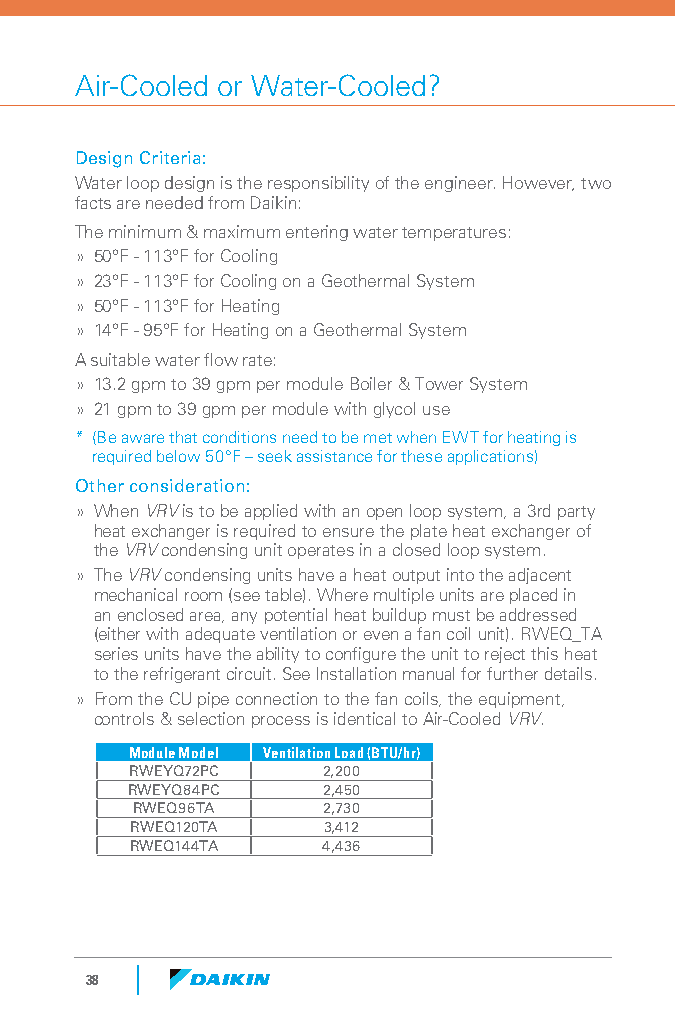
Air-Cooled or Water-Cooled?
 Design Criteria:
 Water loop design is the responsibility of the engineer. However, two
 facts are needed from Daikin:
 The minimum & maximum entering water temperatures:
 » 50°F - 113°F for Cooling
 » 23°F - 113°F for Cooling on a Geothermal System
 » 50°F - 113°F for Heating
 » 14°F - 95°F for Heating on a Geothermal System
 A suitable water flow rate:
 » 13.2 gpm to 39 gpm per module Boiler & Tower System
 » 21 gpm to 39 gpm per module with glycol use
 * (Be aware that conditions need to be met when EWT for heating is
 required below 50°F – seek assistance for these applications)
 Other consideration:
 » When VRV is to be applied with an open loop system, a 3rd party
 heat exchanger is required to ensure the plate heat exchanger of
 the VRV condensing unit operates in a closed loop system.
 » The VRV condensing units have a heat output into the adjacent
 mechanical room (see table). Where multiple units are placed in
 an enclosed area, any potential heat buildup must be addressed
 (either with adequate ventilation or even a fan coil unit). RWEQ_TA
 series units have the ability to configure the unit to reject this heat
 to the refrigerant circuit. See Installation manual for further details.
 » From the CU pipe connection to the fan coils, the equipment,
 controls & selection process is identical to Air-Cooled VRV.
 Module Model Ventilation Load (BTU/hr)
 RWEYQ72PC   2,200
 RWEYQ84PC    2,450
 RWEQ96TA    2,730
 RWEQ120TA   3,412
 RWEQ144TA   4,436
 38